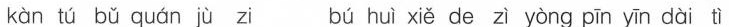
kàn tú bǔ quán jù zi bú huì xiě de zì yòng pīn yīn dài tì